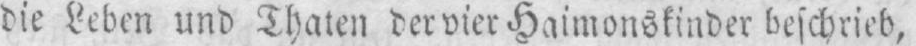
die Leben und Thaten der vier Haimonskinder beschrieb,